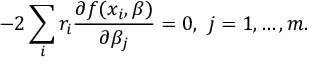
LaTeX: - 2 \sum _ { i } r _ { i } { \frac { \partial f ( x _ { i } , { \boldsymbol { \beta } } ) } { \partial \beta _ { j } } } = 0 , \ j = 1 , \ldots , m .